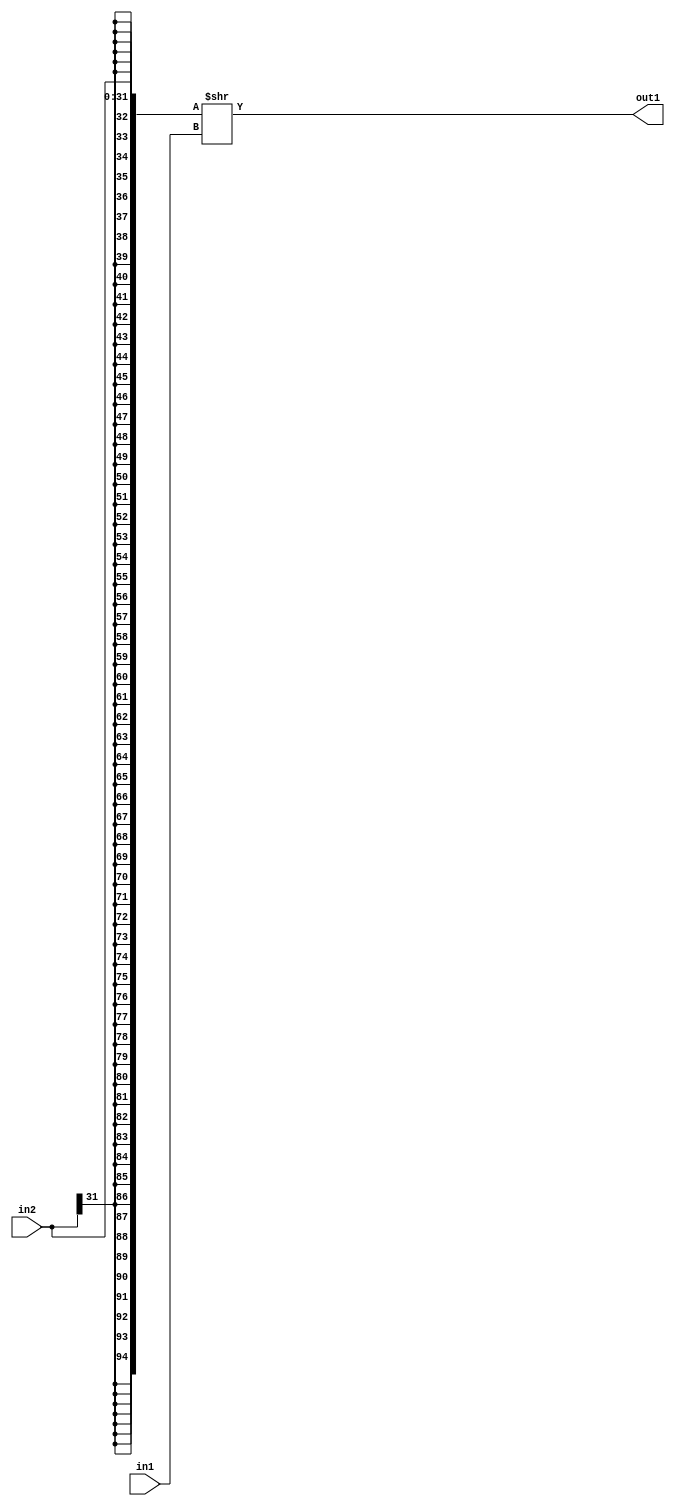
`timescale 1ps / 1ps
/*****************************************************************************
    Verilog RTL Description
    
    
    Created by: Stratus DpOpt 2019.1.01 
*******************************************************************************/

module pe_array_RightShift_32Sx6U_32S_4_2 (
	in2,
	in1,
	out1
	); /* architecture "behavioural" */ 
input [31:0] in2;
input [5:0] in1;
output [31:0] out1;
wire [31:0] asc001;

assign asc001 = {{63{in2[31]}}, in2} >> in1;

assign out1 = asc001;
endmodule

/* CADENCE  ubTxSQ4= : u9/ySgnWtBlWxVPRXgAZ4Og= ** DO NOT EDIT THIS LINE ******/